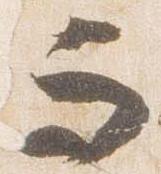
而